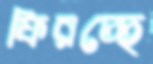
ফিরচ্ছে